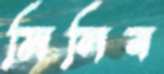
মিলিব